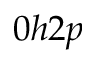
0 h 2 p